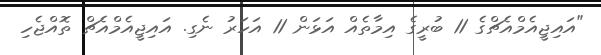
"އައިޖީއެމްއެޗްގެ 11 ބުރީގެ އިމާތެއް އަޅަން 11 އަހަރު ނެގި. އައިޖީއެމްއެޗް ތޮއްޖެހި